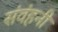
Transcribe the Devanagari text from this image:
संवंहनी